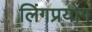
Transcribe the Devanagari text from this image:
लिंगप्रयोग